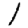
Digit: 1